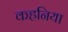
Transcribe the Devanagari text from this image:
कहनिया